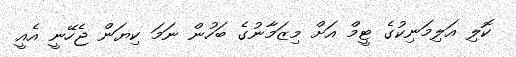
ކޮލި އަލިމަނިކުގެ ޓީމް އަށް މިޒަމާނުގެ ބަހުން ނަމަ ކިޔަން ޖެހޭނީ އެއީ